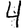
Digit: 4